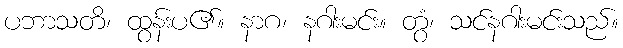
ပဘာသတိ၊ ထွန်းပ၏။ နာဂ၊ နဂါးမင်း။ တွံ၊ သင်နဂါးမင်းသည်။